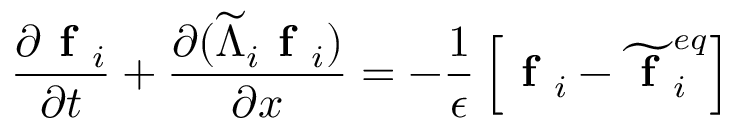
\frac { \partial \textbf { f } _ { i } } { \partial t } + \frac { \partial ( \widetilde { \Lambda } _ { i } \textbf { f } _ { i } ) } { \partial x } = - \frac { 1 } { \epsilon } \left[ \textbf { f } _ { i } - \widetilde { \textbf { f } } _ { i } ^ { e q } \right]